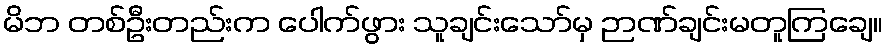
မိဘ တစ်ဦးတည်းက ပေါက်ဖွား သူချင်းသော်မှ ဉာဏ်ချင်းမတူကြချေ။